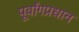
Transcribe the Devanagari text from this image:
पूर्वांगप्रधान